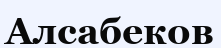
Алсабеков